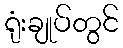
ရုံးချုပ်တွင်